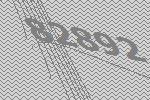
82892